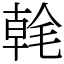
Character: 㲦